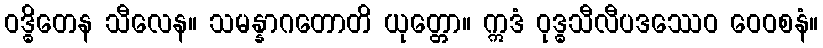
ဝဒ္ဓိတေန သီလေန။ သမန္နာဂတောတိ ယုတ္တော။ ဣဒံ ဝုဒ္ဓသီလီပဒဿေဝ ဝေဝစနံ။